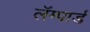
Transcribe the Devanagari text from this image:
लॅम्पार्ड